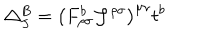
\triangle _ { J } ^ { B } = \left( F _ { \rho \sigma } ^ { b } { \cal { J } } ^ { \rho \sigma } \right) ^ { \mu \nu } t ^ { b }